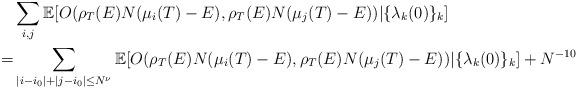
LaTeX: \begin{align*} & \sum_{i, j} \mathbb{E} [ O ( \rho_T (E) N (\mu_i (T) - E), \rho_T (E) N (\mu_j (T) - E )) | \{ \lambda_k (0) \}_k] \\ = & \sum_{|i-i_0| + |j-i_0| \leq N^{\nu} } \mathbb{E} [ O ( \rho_T (E) N (\mu_i (T) - E), \rho_T (E) N (\mu_j (T) - E )) | \{ \lambda_k (0) \}_k] + N^{ -10}\end{align*}